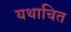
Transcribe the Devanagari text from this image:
यथाचित